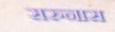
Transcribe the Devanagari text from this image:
सरुनास